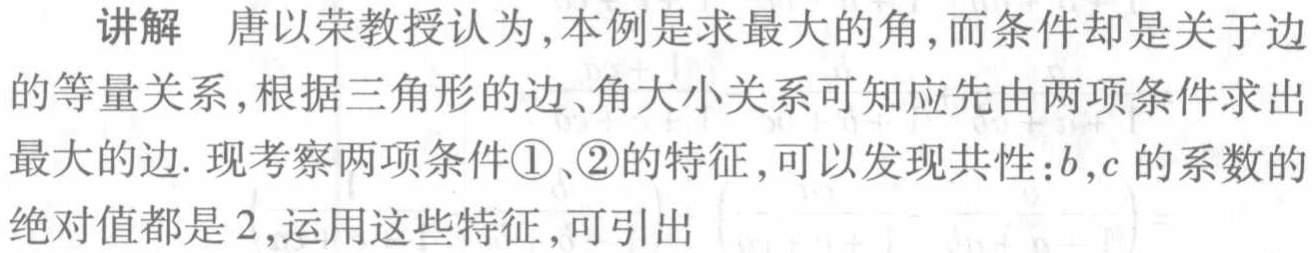
讲解 唐以荣教授认为,本例是求最大的角,而条件却是关于边
的等量关系,根据三角形的边、角大小关系可知应先由两项条件求出
最大的边. 现考察两项条件\textcircled{1}、\textcircled{2}的特征,可以发现共性:$b,c$ 的系数的
绝对值都是$2$,运用这些特征,可引出